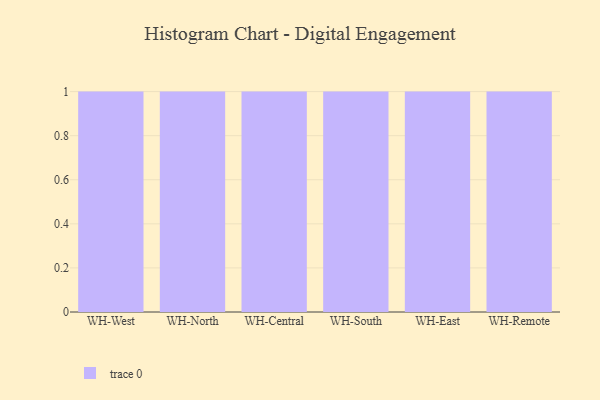
{"axis": {"x": "Warehouse", "y": "Page Views"}, "legend": [""], "data": [{"x": "WH-West", "y": 89, "type": ""}, {"x": "WH-North", "y": 20, "type": ""}, {"x": "WH-Central", "y": 4, "type": ""}, {"x": "WH-South", "y": 43, "type": ""}, {"x": "WH-East", "y": 41, "type": ""}, {"x": "WH-Remote", "y": 26, "type": ""}]}